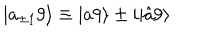
LaTeX: | a _ { \pm 1 } 9 \rangle \equiv | a 9 \rangle \pm i | \hat { a } 9 \rangle